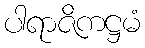
ပါရာဇိကဋ္ဌမံ